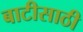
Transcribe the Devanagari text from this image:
बाटीसाठी